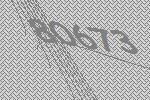
80673